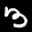
Label: 3